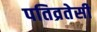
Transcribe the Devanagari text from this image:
पतिव्रतेसी